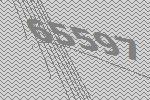
65597